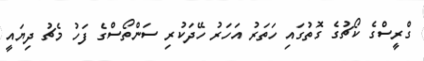
ގްރީސްގެ ކޯޗުގެ ގޮތުގައި ހަތަރު އަހަރު ހޭދަކުރި ސަންތޯސްގެ ފަހު މެޗު ދިޔައީ